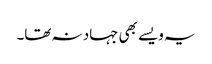
یہ ویسے بھی جہاد نہ تھا۔